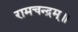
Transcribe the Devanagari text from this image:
रामचन्द्रम्॥